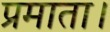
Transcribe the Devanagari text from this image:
प्रमाता।